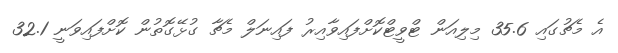
އެ މެޗުގައި 35.6 މިލިއަން ޓްވީޓްކޮށްފައިވާއިރު ފައިނަލް މެޗާ ގުޅޭގޮތުން ކޮށްފައިވަނީ 32.1